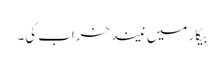
بیکار میں نیند خراب کی۔